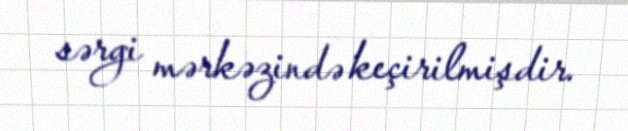
sərgi mərkəzində keçirilmişdir.